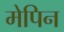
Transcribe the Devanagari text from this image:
मेपिन